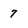
Character: 7